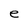
Character: e